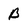
Character: B